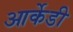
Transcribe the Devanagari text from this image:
आर्केडी